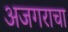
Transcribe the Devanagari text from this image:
अजगराचा